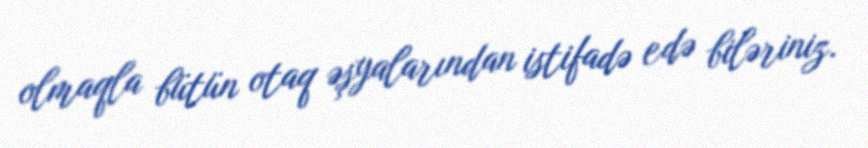
olmaqla bütün otaq əşyalarından istifadə edə biləriniz.